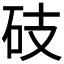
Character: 𥑂